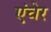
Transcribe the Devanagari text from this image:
एंचेर